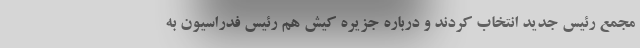
مجمع رئیس جدید انتخاب کردند و درباره جزیره کیش هم رئیس فدراسیون به